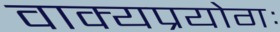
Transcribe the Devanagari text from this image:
वाक्यप्रयोगः